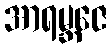
အာရမ္ဘဇေ